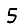
Digit: 5